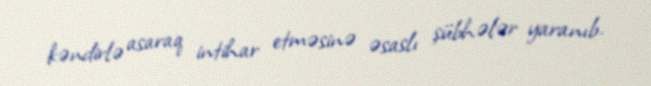
kəndirlə asaraq intihar etməsinə əsaslı şübhələr yaranıb.